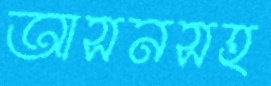
আসনসহ